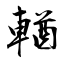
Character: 輶